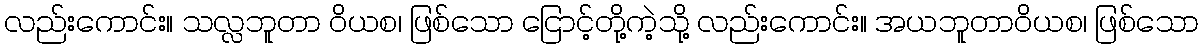
လည်းကောင်း။ သလ္လဘူတာ ဝိယစ၊ ဖြစ်သော ငြောင့်တို့ကဲ့သို့ လည်းကောင်း။ အယဘူတာဝိယစ၊ ဖြစ်သော